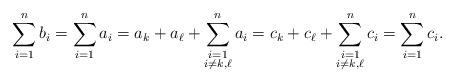
LaTeX: \begin{align*}\sum_{i=1}^n b_i = \sum_{i=1}^n a_i = a_k+a_{\ell} + \sum_{\substack{i=1\\i \neq k,\ell}}^n a_i = c_k+c_{\ell} + \sum_{\substack{i=1\\i \neq k,\ell}}^n c_i = \sum_{i=1}^n c_i. \end{align*}